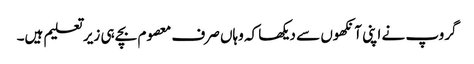
گروپ نے اپنی آنکھوں سے دیکھا کہ وہاں صرف معصوم بچے ہی زیر تعلیم ہیں۔